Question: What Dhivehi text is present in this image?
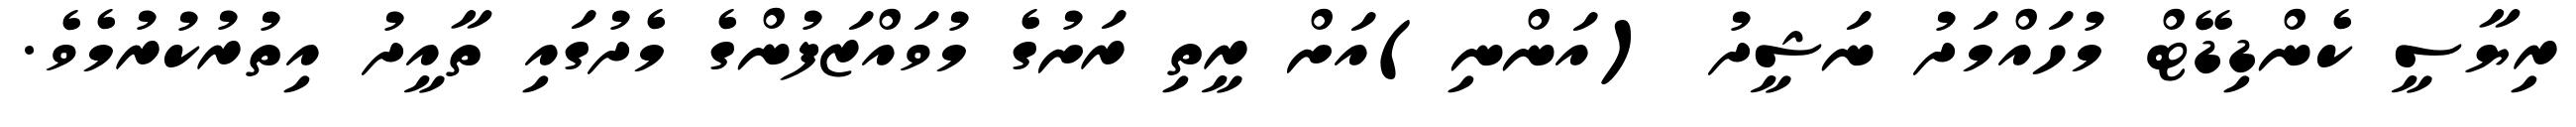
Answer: ރިޔާސީ ކެންޑިޑޭޓް މުހައްމަދު ނަޝީދު (އަންނި)އަށް ރީތި ރަށުގެ މުވައްޒަފުންގެ މެދުގައި ތާއީދު އިތުރުކުރުމެވެ.